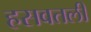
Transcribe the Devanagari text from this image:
हसवतली